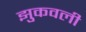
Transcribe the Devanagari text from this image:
झुकवली